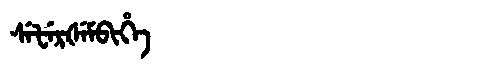
Manchu: ᠰᡝᡶᡝᡵᡧᡝᠮᠪᡳᡥᡝ
Romanization: SEFERŠEMBIHE